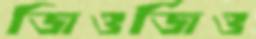
জিওর্জিও